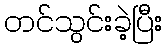
တင်သွင်းခဲ့ပြီး